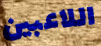
اللاعبين